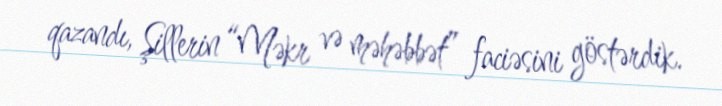
qazandı, Şillerin “Məkr və məhəbbət” faciəsini göstərdik.